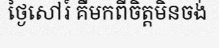
ថ្ងៃសៅរ៍ គឺមកពីចិត្តមិនចង់